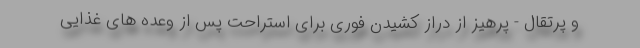
و پرتقال - پرهیز از دراز کشیدن فوری برای استراحت پس از وعده های غذایی